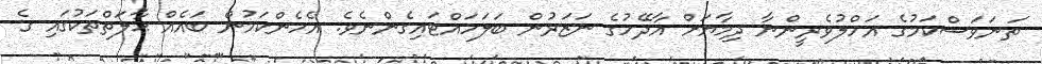
ތަނަވަސްކަމުގެ އަހްލުވެރީންނާ ދިމާޔަށް އާދޭހުގެ ނަޒަރުން ބަލަހައްޓައިގެންނެވެ. އެހެންކަމުން ބައެއް ޙާލަތްތަކުގައި ގެ